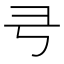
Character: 𢎝